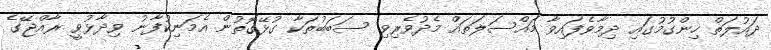
ދައުލަތް ހިންގުމުގައި ދިމާވެފައިވާ މައްސަލަތައް މެދުވެރިވި ސަބަބުތަކާ ގުޅޭގޮތުން އެމަނިކުފާނު ވިދާޅުވީ ރާއްޖޭގެ